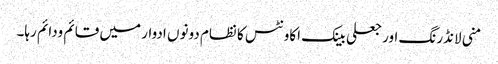
منی لانڈرنگ اور جعلی بینک اکاونٹس کا نظام دونوں ادوار میں قائم ودائم رہا۔